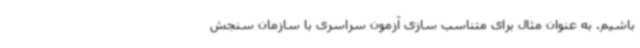
باشیم. به عنوان مثال برای متناسب سازی آزمون سراسری با سازمان سنجش